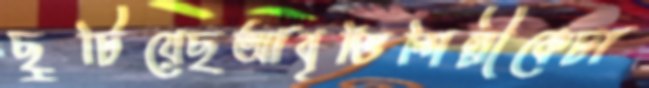
ছুটিয়েছআবৃত্তিশিল্পীকেঢা